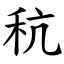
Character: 秔